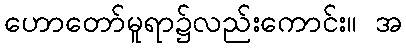
ဟောတော်မူရာ၌လည်းကောင်း။ အ